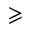
\geqslant